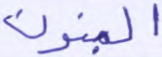
البنون